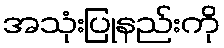
အသုံးပြုနည်းကို